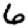
Digit: 6